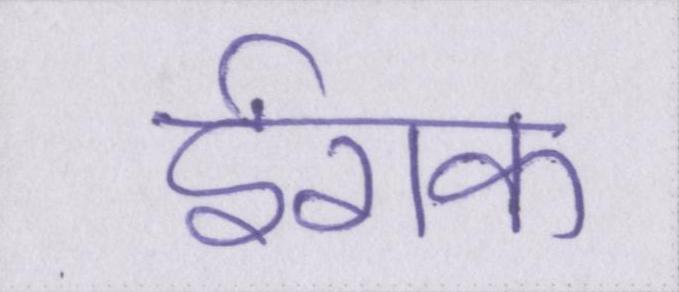
ईराक